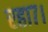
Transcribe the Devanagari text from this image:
रहा७।